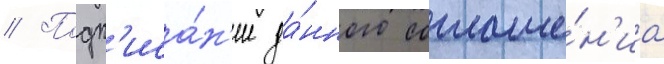
// Подп'иса́н'ие да́нного соглаше́н'иа